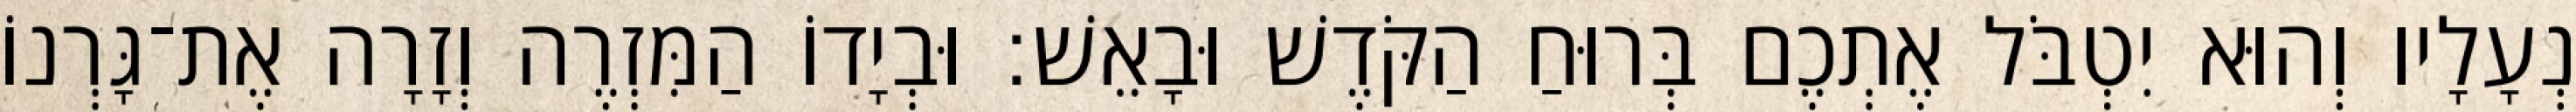
נְעָלָיו וְהוּא יִטְבֹּל אֶתְכֶם בְּרוּחַ הַקֹּדֶשׁ וּבָאֵשׁ׃ וּבְיָדוֹ הַמִּזְרֶה וְזָרָה אֶת־גָּרְנוֹ